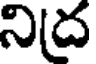
నిద్ర